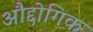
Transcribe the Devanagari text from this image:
औद्दोगिक